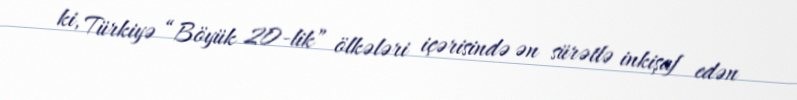
ki, Türkiyə “Böyük 20-lik” ölkələri içərisində ən sürətlə inkişaf edən